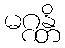
မဂ္ဂန္တိ